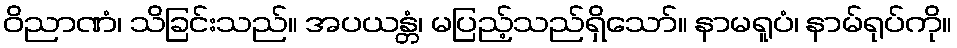
ဝိညာဏံ၊ သိခြင်းသည်။ အပယန္တံ၊ မပြည့်သည်ရှိသော်။ နာမရူပံ၊ နာမ်ရုပ်ကို။